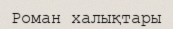
Роман халықтары